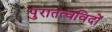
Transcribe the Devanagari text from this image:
पुरातत्‍वविदों